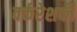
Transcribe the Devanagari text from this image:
वर्करेशकी